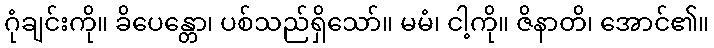
ဂုံချင်းကို။ ခိပေန္တော၊ ပစ်သည်ရှိသော်။ မမံ၊ ငါ့ကို။ ဇိနာတိ၊ အောင်၏။